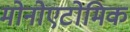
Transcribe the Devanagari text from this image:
मोनोएटोमिक